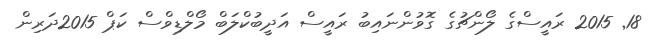
18